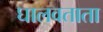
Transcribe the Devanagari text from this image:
घालवताता